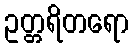
ဥတ္တရိတရော